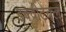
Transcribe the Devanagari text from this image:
इक्वीटेबल